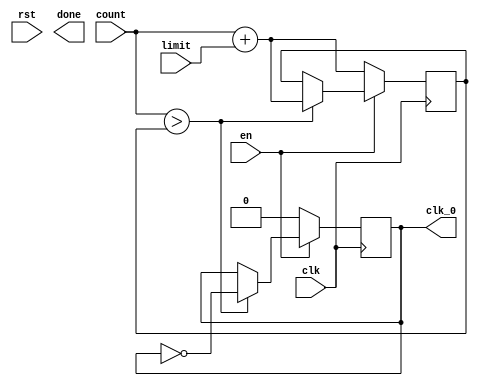
module clk_generator(
    input clk,
    input en,
	 input rst,
    input [31:0] limit,
    input [31:0] count,
    output reg clk_0,
	 output reg done
    );

	 reg [31:0] ndCount;
	 
	 initial clk_0 = 1'b0;
	 initial ndCount = 32'h00000000;
	 
	 always@(negedge clk) begin
		if(en) begin
			if(count > ndCount) begin // Compares if ndCount < count
			ndCount <= count + limit; // Updates ndValue
			clk_0 <= ~clk_0;          // Updates clk value
			end
			else begin
				ndCount <= ndCount; //  Keep ndCount value
				clk_0 <= clk_0;		// Keep clk_2 value
			end
		end
		else begin
			ndCount <= count+limit;
			clk_0 <= 1'b0;
		end
	 end

endmodule